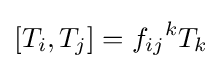
[T_{i},T_{j}]={f_{ij}}^{k}T_{k}